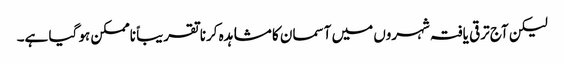
لیکن آج ترقی یافتہ شہروں میں آسمان کا مشاہدہ کرنا تقریباً ناممکن ہو گیا ہے۔